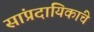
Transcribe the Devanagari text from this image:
सांप्रदायिकांचे